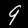
Digit: 9